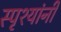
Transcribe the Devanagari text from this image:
स्पृश्यांनी